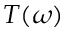
T ( \omega )